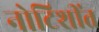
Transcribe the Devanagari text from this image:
नोटिशींत